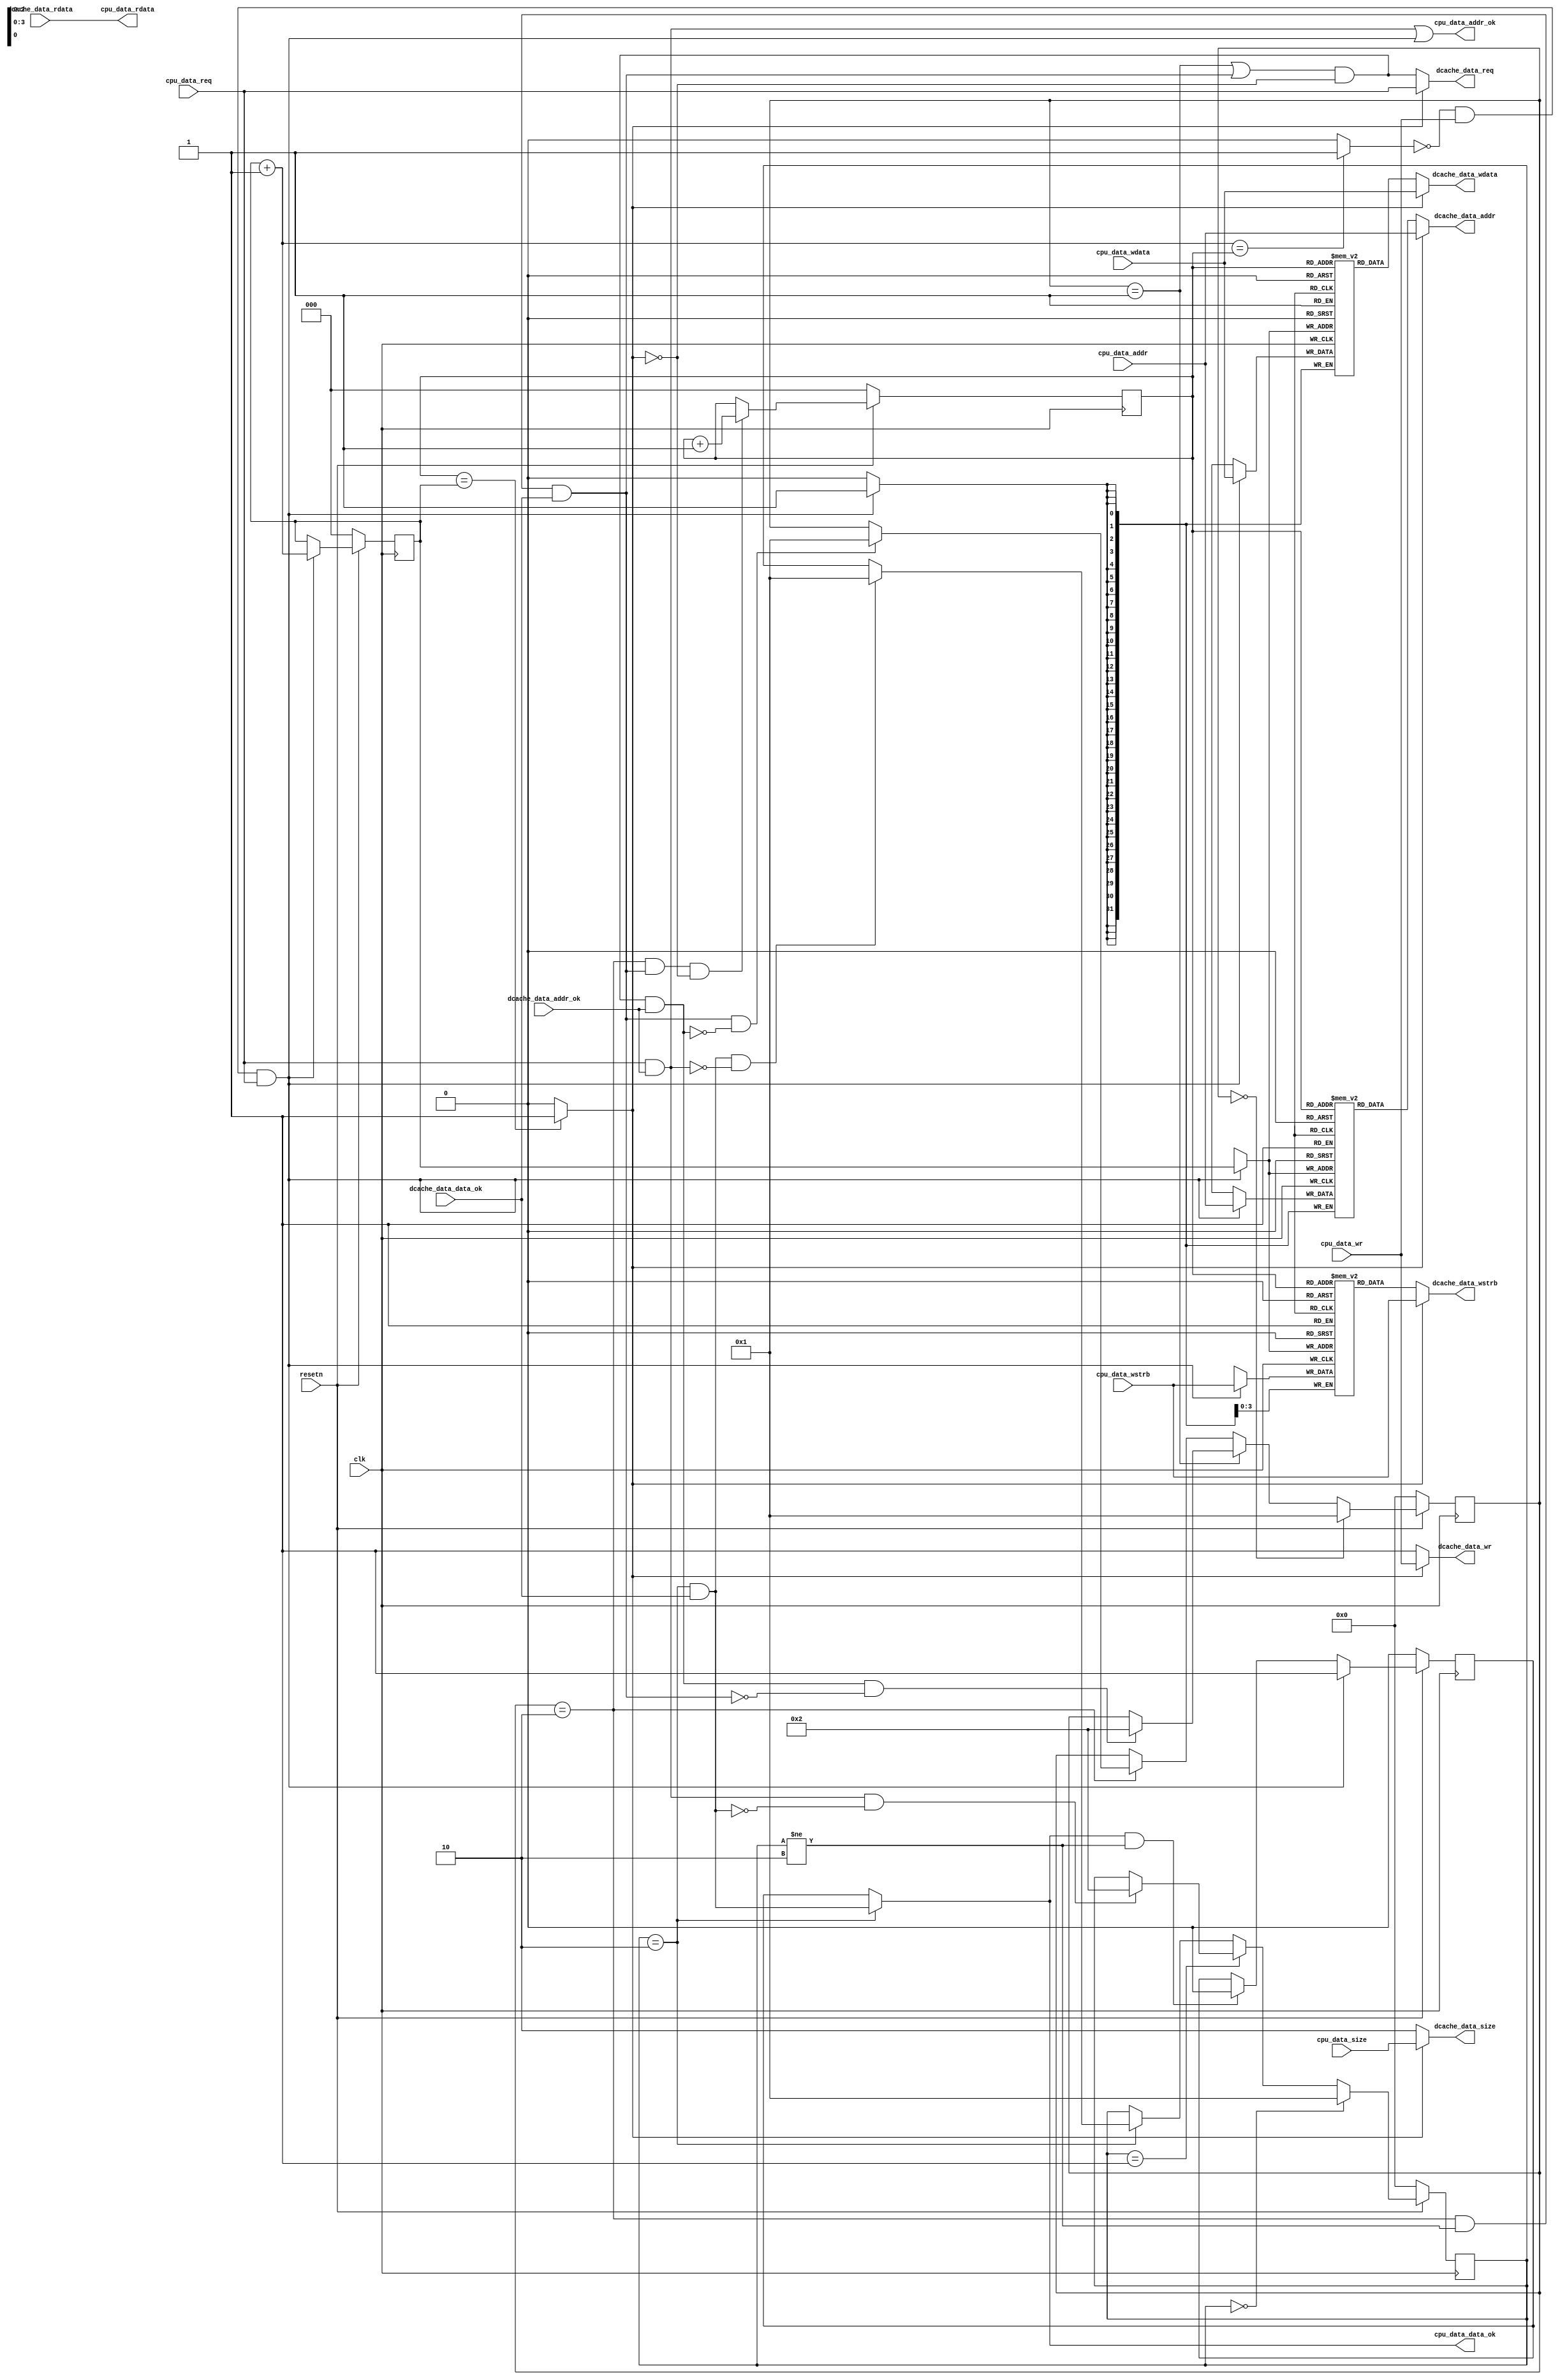
`timescale 1ns / 1ps
module mini_buffer
(
    input          clk,
    input          resetn,

    input          cpu_data_req    ,
    input          cpu_data_wr     ,
    input   [1 :0] cpu_data_size   ,
    input   [31:0] cpu_data_addr   ,
    input   [31:0] cpu_data_wdata  ,
	input   [3 :0] cpu_data_wstrb  ,
    output  [31:0] cpu_data_rdata  ,
    output         cpu_data_addr_ok,
    output         cpu_data_data_ok,

    output          dcache_data_req    ,
    output          dcache_data_wr     ,
    output   [1 :0] dcache_data_size   ,
    output   [31:0] dcache_data_addr   ,
    output   [31:0] dcache_data_wdata  ,
	output   [3 :0] dcache_data_wstrb  ,
    input    [31:0] dcache_data_rdata  ,
    input           dcache_data_addr_ok,
    input           dcache_data_data_ok
);

//   assign         dcache_data_req    = cpu_data_req;
//   assign         dcache_data_wr     = cpu_data_wr ;
//   assign         dcache_data_size   = cpu_data_size;
//   assign         dcache_data_addr   = cpu_data_addr;
//   assign         dcache_data_wdata  = cpu_data_wdata;
//   assign         dcache_data_wstrb  = cpu_data_wstrb;
//   assign         cpu_data_rdata     = dcache_data_rdata;
//   assign         cpu_data_addr_ok   = dcache_data_addr_ok;
//   assign         cpu_data_data_ok   = dcache_data_data_ok;

wire rst;
assign rst=!resetn; 

reg [7:0]   s_valid        ;
reg [2:0]   s_index   [0:7];
reg [31:0]  s_addr    [0:7];
reg [31:0]  s_data    [0:7];
reg [3:0]   s_wstrb   [0:7];

reg [2:0]   A;
reg [2:0]   B;

wire [2:0] symbol_A;
wire [2:0] symbol_B;
assign symbol_A = A + 3'd1;
assign symbol_B = B + 3'd1;

wire full;
wire empty;
assign full     = (symbol_B == A) ? 1'b1 : 1'b0;
assign empty    = (A == B) ? 1'b1 : 1'b0;

//schedulor
reg cpu_data_req_history;

always @(posedge clk)
	begin
		if(rst)
		begin
			cpu_data_req_history <= 1'b0;
		end
        else if(cpu_data_addr_ok)
        begin
            cpu_data_req_history <= cpu_data_req;
        end
        else if(cpu_data_data_ok)
        begin
            cpu_data_req_history <= 1'b0;
        end
	end

//workstate

wire        buffer_data_ok_r;
wire        buffer_addr_ok_r;
wire [31:0] buffer_addr_r;
wire [31:0] buffer_rdata_r;
wire [31:0] buffer_wdata_r;
wire [3:0]  buffer_wstrb_r;
wire        buffer_req_r;
wire        buffer_wr_r;

wire        buffer_data_ok_l;
wire        buffer_addr_ok_l;
wire [31:0] buffer_addr_l;
wire [31:0] buffer_rdata_l;
wire [31:0] buffer_wdata_l;
wire [3:0]  buffer_wstrb_l;
wire        buffer_req_l;
wire        buffer_wr_l;


reg [3:0] buffer_workstate;
reg [3:0] axi_workstate;
always @(posedge clk)
	begin
		if(rst)
		begin
			buffer_workstate <= 4'd0;        
		end
        else if(buffer_workstate == 4'd0)
        begin
            buffer_workstate <= 4'd1;
        end
        else if(buffer_workstate == 4'd1)
        begin
            if(buffer_addr_ok_r && !buffer_data_ok_r)
            begin
                buffer_workstate <= 4'd2;
            end
        end
        else if(buffer_workstate == 4'd2)
        begin
            if(buffer_data_ok_r && !buffer_addr_ok_r)
            begin
                buffer_workstate <= 4'd1;
            end
        end
    end

wire        axi_data_ok;
wire        axi_addr_ok;
wire [31:0] axi_addr;
wire [31:0] axi_rdata;
wire [31:0] axi_wdata;
wire [3:0]  axi_wstrb;
wire [1:0]  axi_size;
wire        axi_req;
wire        axi_wr;

always @(posedge clk)
	begin
		if(rst)
		begin
			axi_workstate <= 4'd0;        
		end
        else if(axi_workstate == 4'd0)
        begin
            axi_workstate <= 4'd1;
        end
        else if(axi_workstate == 4'd1)
        begin
            if(axi_addr_ok && !axi_data_ok)
            begin
                axi_workstate <= 4'd2;
            end
        end
        else if(axi_workstate == 4'd2)
        begin
            if(axi_data_ok && !axi_addr_ok)
            begin
                axi_workstate <= 4'd1;
            end
        end
    end

wire        buffer_push;
assign      buffer_push = (!full) && cpu_data_wr && cpu_data_req;

reg buffer_data_ok_out;
always @(posedge clk)
	begin
		if(rst)
		begin
			buffer_data_ok_out <= 1'b0;
		end
        else if(buffer_push)
        begin
            buffer_data_ok_out <= 1'b1;
        end
        else if(cpu_data_data_ok && (axi_workstate != 4'd2))
        begin
            buffer_data_ok_out <= 1'b0;
        end
	end

assign buffer_addr_ok_l = buffer_push;
assign buffer_data_ok_l = buffer_data_ok_out;

assign buffer_addr_r    = s_addr[A];
assign buffer_wr_r      = 1'b1;
assign buffer_req_r     = ((buffer_workstate == 4'd1) || buffer_data_ok_r) && !empty;
assign buffer_wstrb_r   = s_wstrb[A];
assign buffer_wdata_r   = s_data[A];
assign buffer_addr_ok_r = buffer_req_r && dcache_data_addr_ok; 
assign buffer_data_ok_r = (buffer_workstate == 4'd2) && (axi_workstate != 4'd2) && dcache_data_data_ok;

wire axi_work;
assign axi_work     = empty;
assign axi_data_ok  = (axi_workstate == 4'd2) && dcache_data_data_ok;
assign axi_addr_ok  = axi_req && dcache_data_addr_ok;
assign axi_addr     = cpu_data_addr;
assign axi_rdata    = dcache_data_rdata;
assign axi_wdata    = cpu_data_wdata;
assign axi_wstrb    = cpu_data_wstrb;
assign axi_req      = cpu_data_req;
assign axi_size     = cpu_data_size;
assign axi_wr       = cpu_data_wr;

assign dcache_data_req      = (axi_work) ? axi_req      : buffer_req_r;
assign dcache_data_wr       = (axi_work) ? axi_wr       : buffer_wr_r;
assign dcache_data_size     = (axi_work) ? axi_size     : 3'd2;
assign dcache_data_addr     = (axi_work) ? axi_addr     : buffer_addr_r;
assign dcache_data_wdata    = (axi_work) ? axi_wdata    : buffer_wdata_r;
assign dcache_data_wstrb    = (axi_work) ? axi_wstrb    : buffer_wstrb_r;

assign cpu_data_rdata       = axi_rdata;
assign cpu_data_addr_ok     = axi_addr_ok || buffer_addr_ok_l;
assign cpu_data_data_ok     = ((axi_workstate == 4'd2)) ? axi_data_ok : buffer_data_ok_l;

always @(posedge clk)
	begin
		if(rst)
		begin
			s_index[0] <= 3'd0;
            s_index[1] <= 3'd1;
            s_index[2] <= 3'd2;
            s_index[3] <= 3'd3;
            s_index[4] <= 3'd4;
            s_index[5] <= 3'd5; 
            s_index[6] <= 3'd6;
            s_index[7] <= 3'd7;
		end
	end

always @(posedge clk)
	begin
		if(rst)
		begin
			A <= 3'd0;
		end
        else if((buffer_workstate == 4'd2) && buffer_data_ok_r && !empty)
        begin
            A <= A + 3'd1;
        end
	end

always @(posedge clk)
	begin
		if(rst)
		begin
			B <= 3'd0;
		end
        else if(buffer_addr_ok_l && buffer_push)
        begin
            B <= B + 3'd1;
        end
	end

always @(posedge clk)
	begin
        if(buffer_addr_ok_l && buffer_push)
        begin
            s_addr[B] <= cpu_data_addr;
        end
	end

always @(posedge clk)
	begin
        if(buffer_push && buffer_addr_ok_l)
        begin
            s_wstrb[B] <= cpu_data_wstrb;
        end
	end

always @(posedge clk)
	begin
        if(buffer_push && buffer_addr_ok_l)
        begin
            s_data[B] <= cpu_data_wdata;
        end
	end

reg push_history;
always @(posedge clk)
	begin
        if(rst)
        begin
            push_history <= 1'b0;
        end
        else if(buffer_push && buffer_addr_ok_l)
        begin
            push_history <= 1'b1;
        end
        else
        begin
            push_history <= 1'b0;
        end
	end

reg [31:0] counter_full;
always @(posedge clk)
	begin
        if(rst)
        begin
            counter_full <= 32'b0;
        end
        else if(push_history && full)
        begin
            counter_full <= counter_full + 32'd1;
        end
	end

endmodule